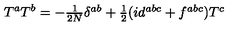
T ^ { a } T ^ { b } = - \textstyle { \frac { 1 } { 2 N } } \delta ^ { a b } + \textstyle { \frac { 1 } { 2 } } ( i d ^ { a b c } + f ^ { a b c } ) T ^ { c }